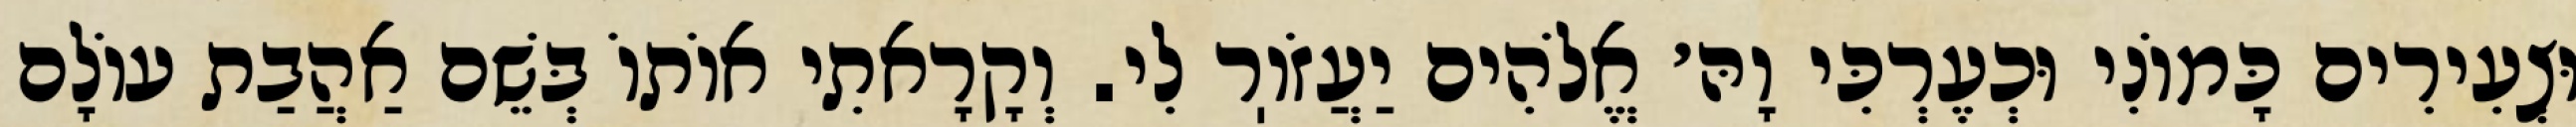
וּצְעִירִים כָּמוֹנִי וּכְעֶרְכִּי וָהּ׳ אֱלֹהִים יַעֲזֹוֽר לִי. וְקָרָאתִי אוֹתוֹ בְּשֵׁם אַהֲבַת עוֹלָם